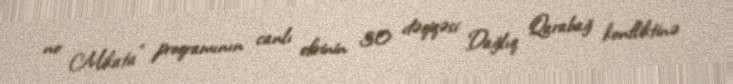
no Mikata” proqramının canlı efirinin 30 dəqiqəsi Dağlıq Qarabağ konfliktinə